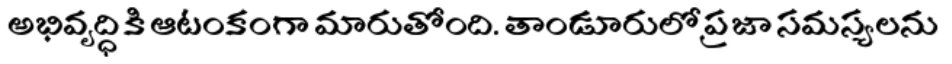
అభివృద్ధికి ఆటంకంగా మారుతోంది. తాండూరులో ప్రజా సమస్యలను